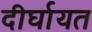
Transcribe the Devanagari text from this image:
दीर्घायत